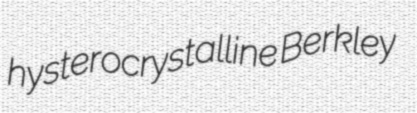
hysterocrystalline Berkley